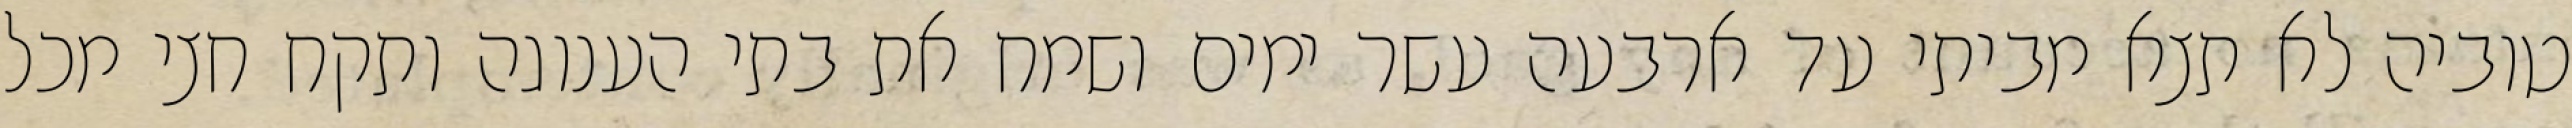
טוביה לא תצא מביתי עד ארבעה עשר ימים ושמח את בתי הענוגה ותקח חצי מכל